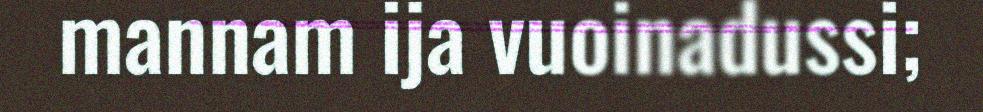
mannam ija vuoinadussi;